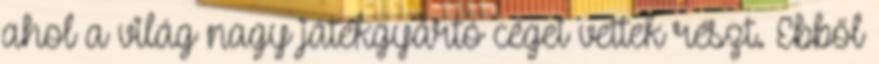
ahol a világ nagy játékgyártó cégei vettek részt. Ebből